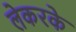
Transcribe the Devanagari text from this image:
लेकरके